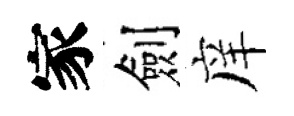
家劍庠